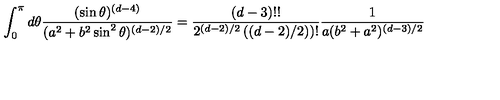
\int _ { 0 } ^ { \pi } d \theta { \frac { ( \sin \theta ) ^ { ( d - 4 ) } } { ( a ^ { 2 } + b ^ { 2 } \sin ^ { 2 } \theta ) ^ { ( d - 2 ) / 2 } } } = { \frac { ( d - 3 ) ! ! } { 2 ^ { ( d - 2 ) / 2 } \left( ( d - 2 ) / 2 ) \right) ! } } { \frac { 1 } { a ( b ^ { 2 } + a ^ { 2 } ) ^ { ( d - 3 ) / 2 } } }